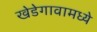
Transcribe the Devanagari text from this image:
खेडेगावामध्ये